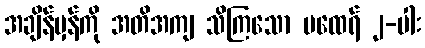
အချိန်မှန်ကို အတိအကျ သိကြသော မထေရ် ၂-ပါး